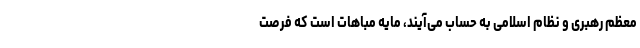
معظم رهبری و نظام اسلامی به حساب می‌آیند، مایه مباهات است که فرصت